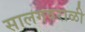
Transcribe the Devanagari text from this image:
सालगवराळी